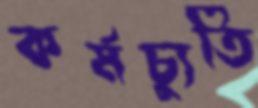
কর্মচ্যুতি